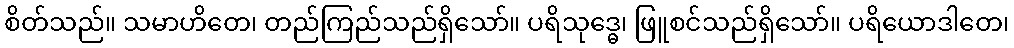
စိတ်သည်။ သမာဟိတေ၊ တည်ကြည်သည်ရှိသော်။ ပရိသုဒ္ဓေ၊ ဖြူစင်သည်ရှိသော်။ ပရိယောဒါတေ၊